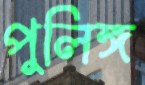
পুলিঙ্গ